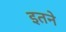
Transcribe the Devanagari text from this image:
इतने